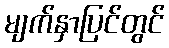
မျက်နှာပြင်တွင်